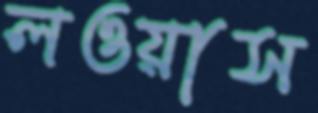
লওয়াস